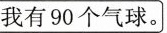
我有 90 个气球。